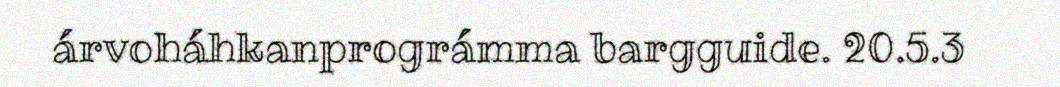
árvoháhkanprográmma bargguide. 20.5.3